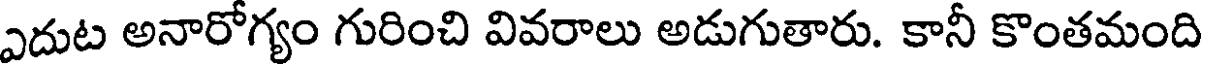
ఎదుట అనారోగ్యం గురించి వివరాలు అడుగుతారు. కానీ కొంతమంది